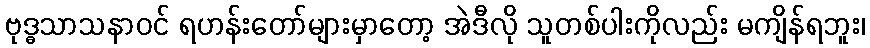
ဗုဒ္ဓသာသနာဝင် ရဟန်းတော်များမှာတော့ အဲဒီလို သူတစ်ပါးကိုလည်း မကျိန်ရဘူး၊